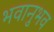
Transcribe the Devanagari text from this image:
भवानुभव